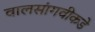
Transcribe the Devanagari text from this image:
वालसांगवीकडे